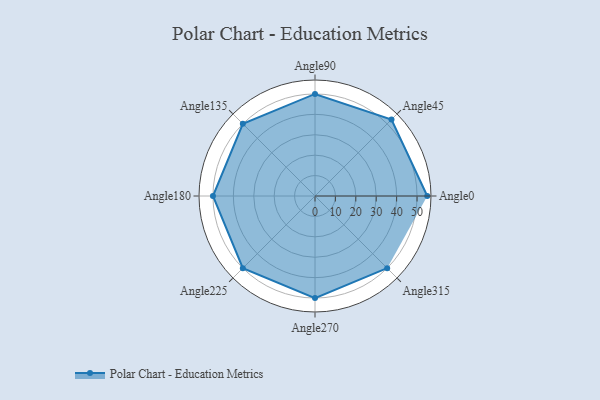
{"axis": {"x": "Angle", "y": "Radius"}, "legend": [""], "data": [{"x": "Angle0", "y": 55.0, "type": ""}, {"x": "Angle45", "y": 53.0, "type": ""}, {"x": "Angle90", "y": 50, "type": ""}, {"x": "Angle135", "y": 50, "type": ""}, {"x": "Angle180", "y": 50, "type": ""}, {"x": "Angle225", "y": 50, "type": ""}, {"x": "Angle270", "y": 50, "type": ""}, {"x": "Angle315", "y": 50, "type": ""}]}